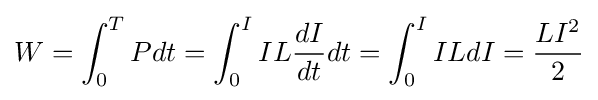
W=\int _{0}^{T}Pdt=\int _{0}^{I}IL{\frac {dI}{dt}}dt=\int _{0}^{I}ILdI={\frac {LI^{2}}{2}}